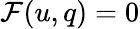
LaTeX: \begin{array}{r}{\mathcal{F}(u,q)=0}\end{array}